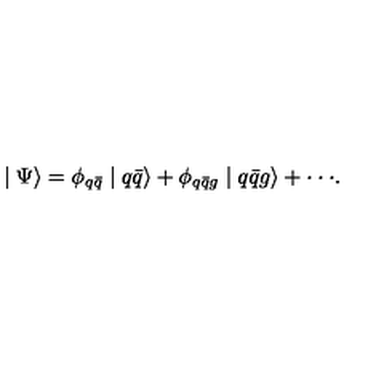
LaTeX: \mid \Psi \rangle = \phi _ { q \bar { q } } \mid q \bar { q } \rangle + \phi _ { q \bar { q } g } \mid q \bar { q } g \rangle + \cdot \cdot \cdot .